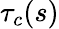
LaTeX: \tau_{c}(s)